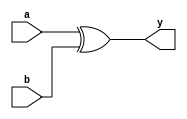
module xor_gate(input wire a, input wire b, output reg y);
    assign y = (a ^ b);
endmodule